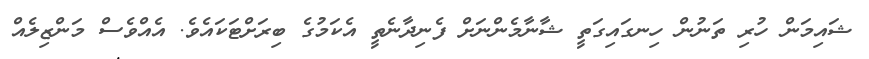
ޝައިމަން ހުރި ތަނުން ހިނގައިގަތީ ޝާނާމެންނަށް ފެނިދާނެތީ އެކަމުގެ ބިރަށްޓަކައެވެ. އެއްވެސް މަންޒިލެއް